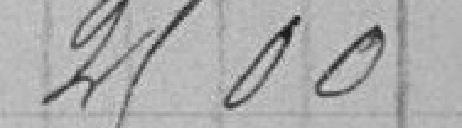
2 500,00